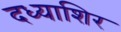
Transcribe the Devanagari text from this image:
दध्याशिर